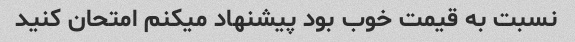
نسبت به قیمت خوب بود پیشنهاد میکنم امتحان کنید